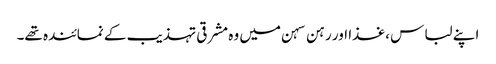
اپنے لباس ،غذا اور رہن سہن میں وہ مشرقی تہذیب کے نمائندہ تھے۔